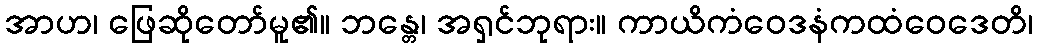
အာဟ၊ ဖြေဆိုတော်မူ၏။ ဘန္တေ၊ အရှင်ဘုရား။ ကာယိကံဝေဒနံကထံဝေဒေတိ၊